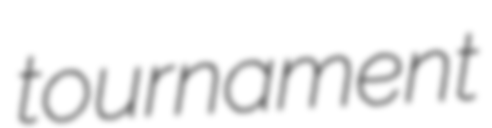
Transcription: tournament